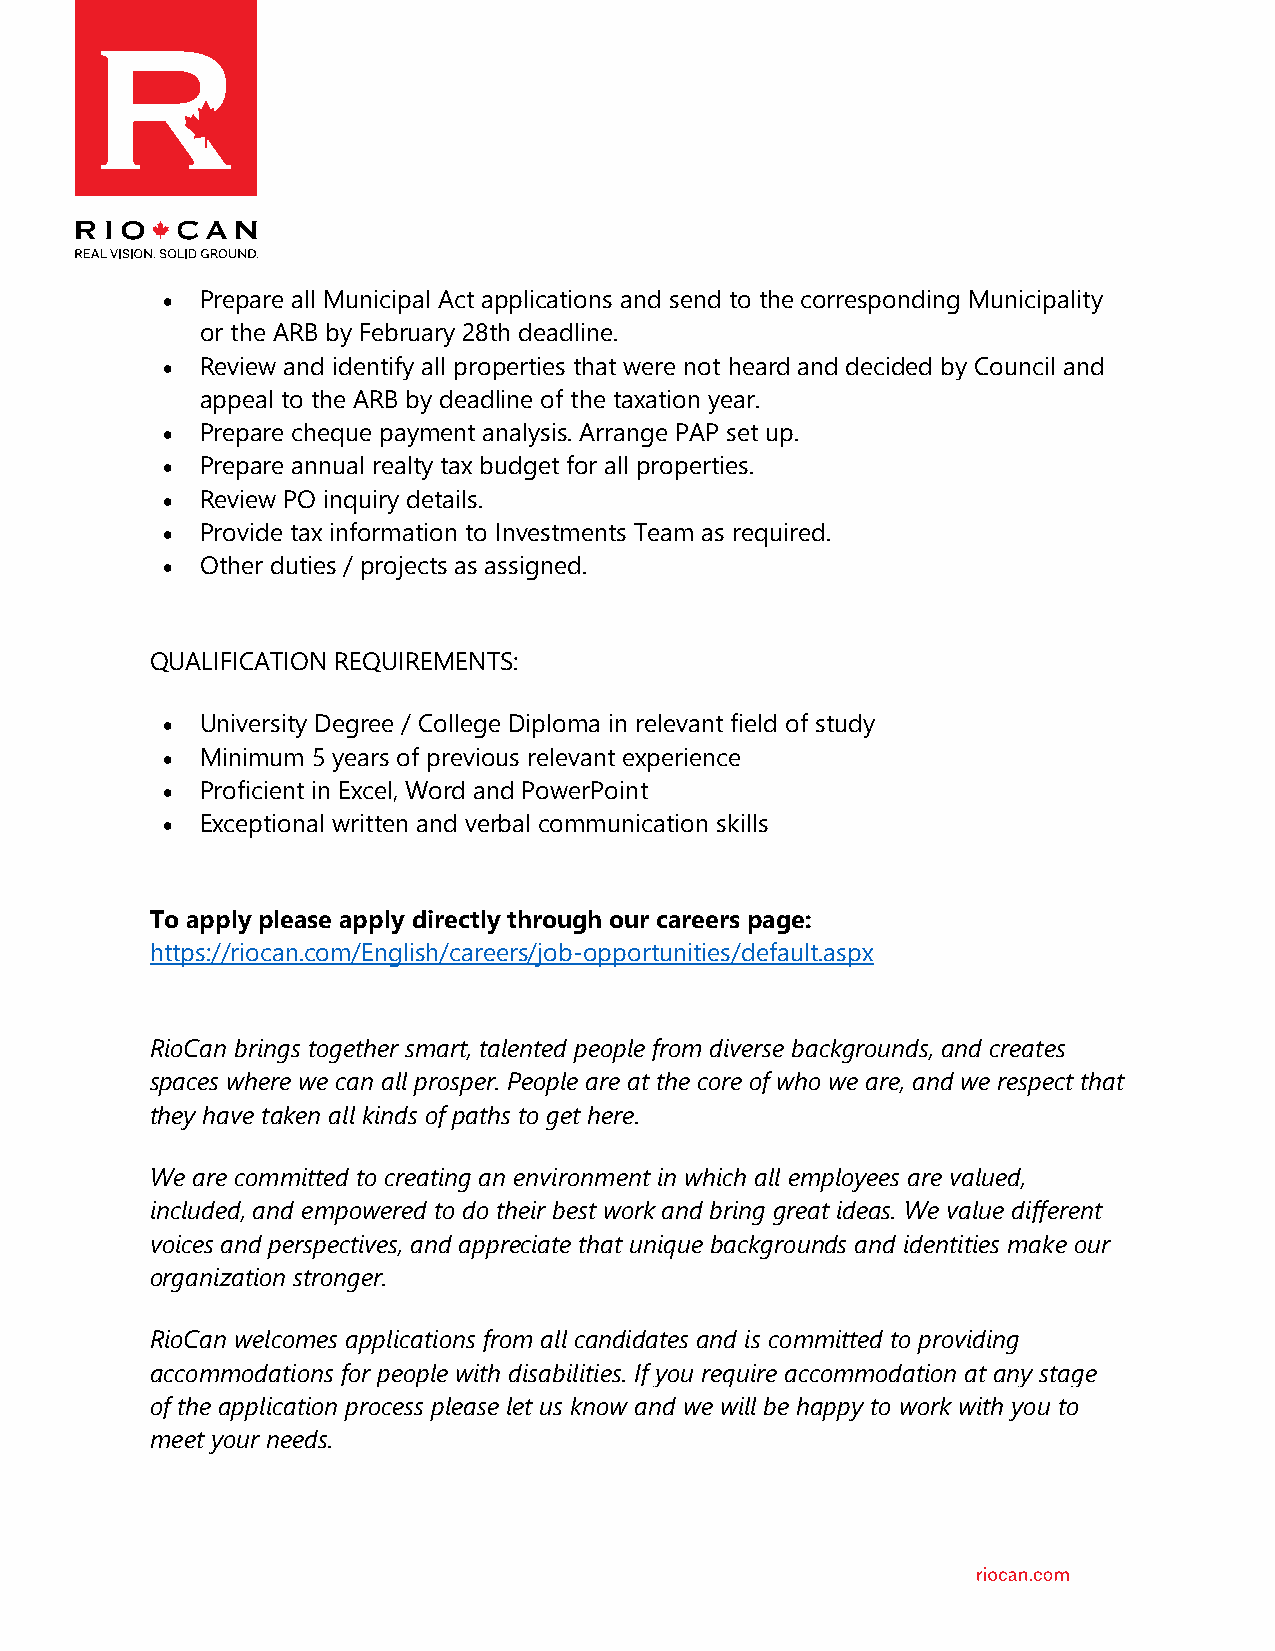
 Prepare all Municipal Act applications and send to the corresponding Municipality
 or the ARB by February 28th deadline.
  Review and identify all properties that were not heard and decided by Council and
 appeal to the ARB by deadline of the taxation year.
  Prepare cheque payment analysis. Arrange PAP set up.
  Prepare annual realty tax budget for all properties.
  Review PO inquiry details.
  Provide tax information to Investments Team as required.
  Other duties / projects as assigned.
 QUALIFICATION REQUIREMENTS:
  University Degree / College Diploma in relevant field of study
  Minimum 5 years of previous relevant experience
  Proficient in Excel, Word and PowerPoint
  Exceptional written and verbal communication skills
 To apply please apply directly through our careers page:
 https://riocan.com/English/careers/job-opportunities/default.aspx
 RioCan brings together smart, talented people from diverse backgrounds, and creates
 spaces where we can all prosper. People are at the core of who we are, and we respect that
 they have taken all kinds of paths to get here.
 We are committed to creating an environment in which all employees are valued,
 included, and empowered to do their best work and bring great ideas. We value different
 voices and perspectives, and appreciate that unique backgrounds and identities make our
 organization stronger.
 RioCan welcomes applications from all candidates and is committed to providing
 accommodations for people with disabilities. If you require accommodation at any stage
 of the application process please let us know and we will be happy to work with you to
 meet your needs.